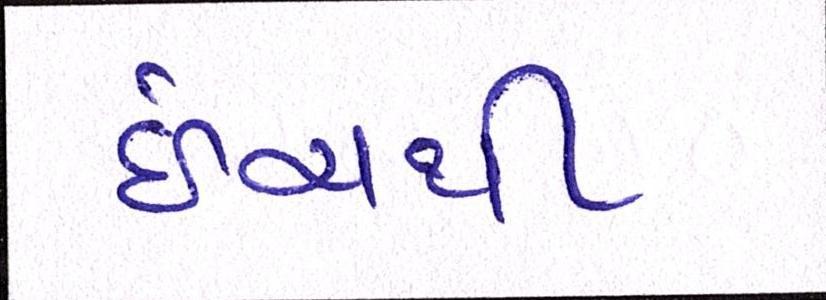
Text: ઇંચથી